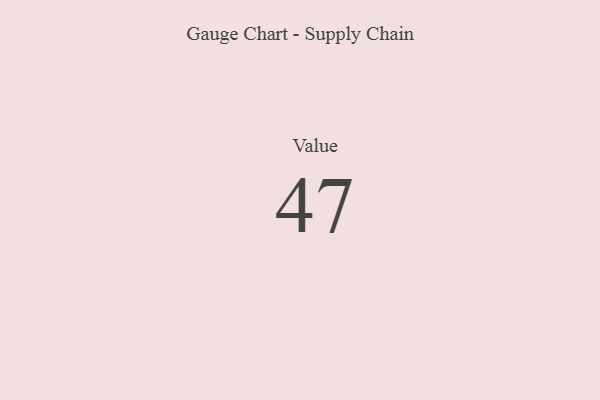
{"axis": {"x": "Metric", "y": "Value"}, "legend": [""], "data": [{"x": "Value", "y": 47, "type": ""}]}